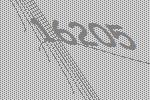
16205